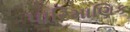
પારિમાણિક